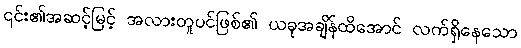
၎င်း၏အဆင့်မြင့် အလားတူပင်ဖြစ်၏ ယခုအချိန်ထိအောင် လက်ရှိနေသော